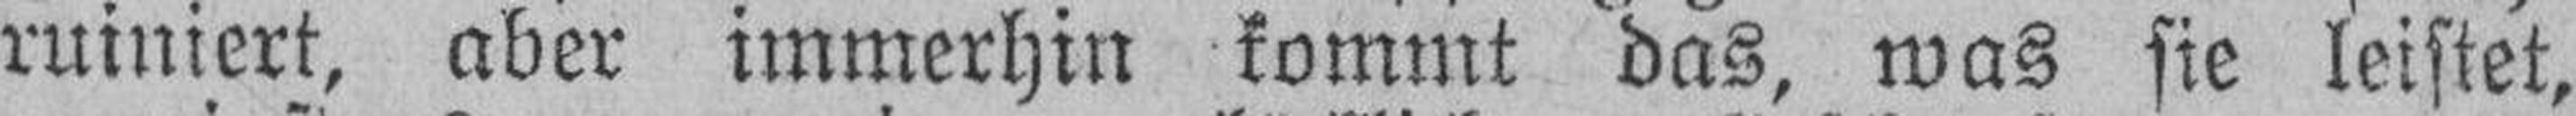
ruiniert, aber immerhin kommt das, was sie leistet,